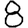
Digit: 8